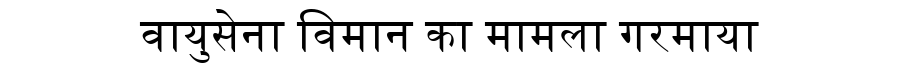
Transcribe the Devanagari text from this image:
वायुसेना विमान का मामला गरमाया